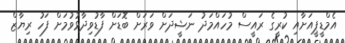
އެމްޑީޕީއަށާއި ކުރީގެ ރައީސް މުހައްމަދު ނަޝީދަށް ވަރަށް ބޮޑަށް ފާޑުވިދާޅުވުމަށް ފަހު ރިޔާޒް